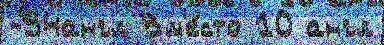
-94англ Вм'е́сто 10 англ